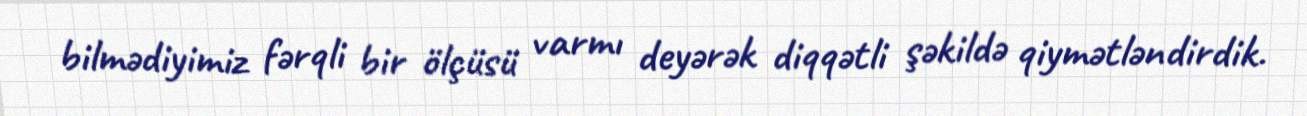
bilmədiyimiz fərqli bir ölçüsü varmı deyərək diqqətli şəkildə qiymətləndirdik.